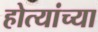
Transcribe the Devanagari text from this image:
होत्यांच्या